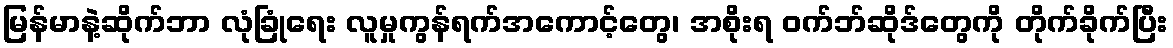
မြန်မာနဲ့ဆိုက်ဘာ လုံခြုံရေး လူမှုကွန်ရက်အကောင့်တွေ၊ အစိုးရ ဝက်ဘ်ဆိုဒ်တွေကို တိုက်ခိုက်ပြီး